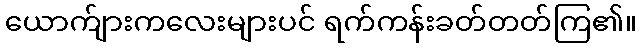
ယောက်ျားကလေးများပင် ရက်ကန်းခတ်တတ်ကြ၏။